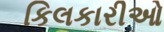
કિલકારીઓ